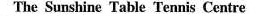
The Sunshine Table Tennis Centre